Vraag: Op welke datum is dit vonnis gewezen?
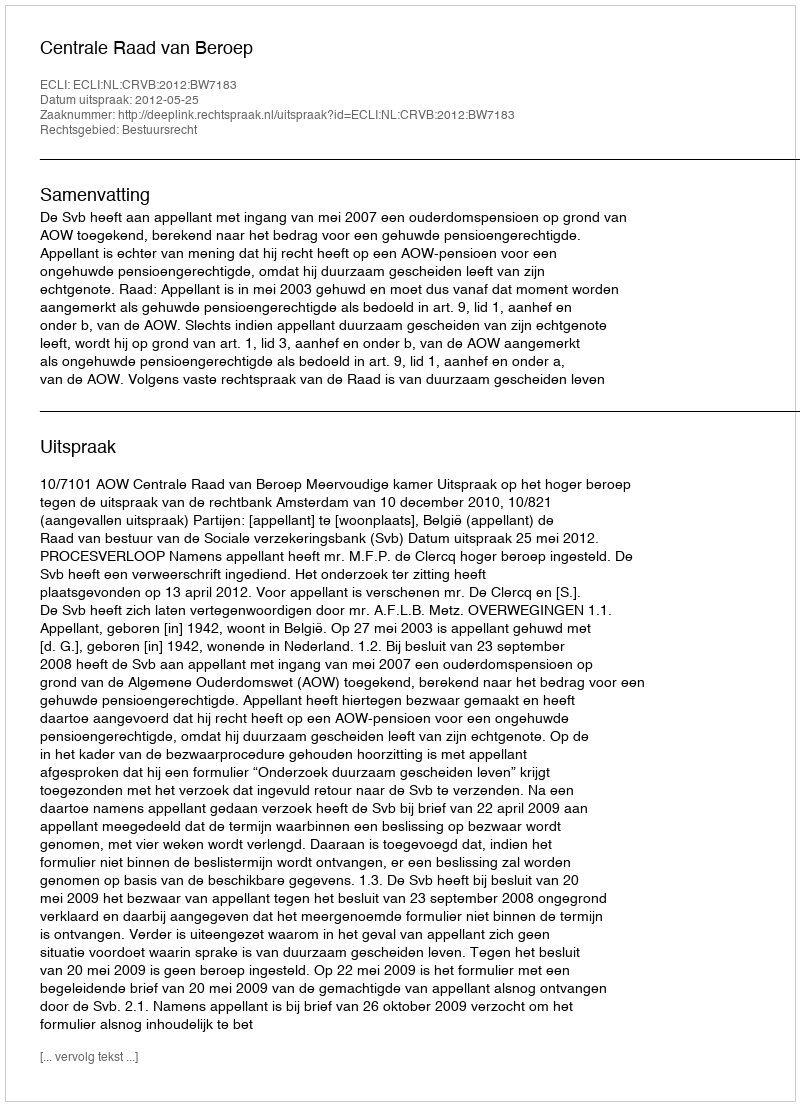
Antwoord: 2012-05-25